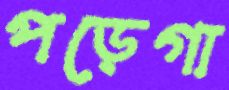
পড়েগা